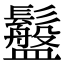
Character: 䰔